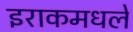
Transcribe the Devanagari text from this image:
इराकमधले